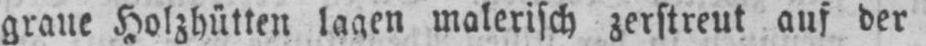
graue Holzhütten lagen malerisch zerstreut auf der